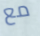
مع